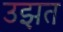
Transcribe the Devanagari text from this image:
उझत